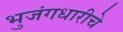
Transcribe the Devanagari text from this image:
भुजंगधारीचे